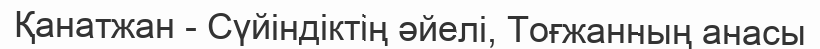
Қанатжан - Сүйіндіктің әйелі, Тоғжанның анасы